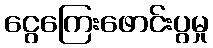
ငွေကြေးဖောင်းပွမှု